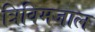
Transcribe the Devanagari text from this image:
त्रिविमजाल